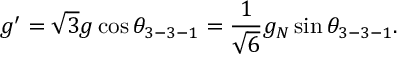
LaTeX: g ^ { \prime } = \sqrt { 3 } g \cos \theta _ { 3 - 3 - 1 } = \frac { 1 } { \sqrt { 6 } } g _ { N } \sin \theta _ { 3 - 3 - 1 } .